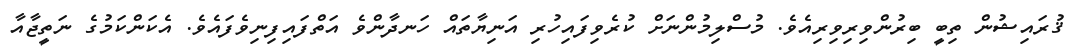
ޤުރައިޝުން ތިބީ ބިރުންވިރިވިރިއެވެ. މުސްލިމުންނަށް ކުރެވިފައިހުރި އަނިޔާތައް ހަނދާންވެ އަތްފައިފިނިވެފައެވެ. އެކަންކަމުގެ ނަތީޖާއާ